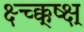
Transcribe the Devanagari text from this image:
क्ष्च्क्क्ष्क्ष्